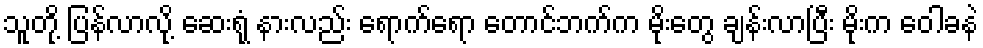
သူတို့ ပြန်လာလို့ ဆေးရုံ နားလည်း ရောက်ရော တောင်ဘက်က မိုးတွေ ချန်းလာပြီး မိုးက ဝေါခနဲ